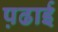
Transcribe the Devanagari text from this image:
प़ढाई